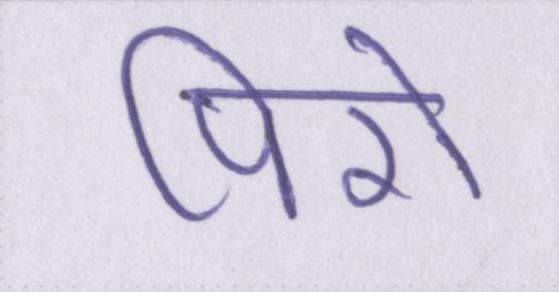
पिरो